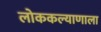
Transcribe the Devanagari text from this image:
लोककल्याणाला